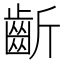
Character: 齗